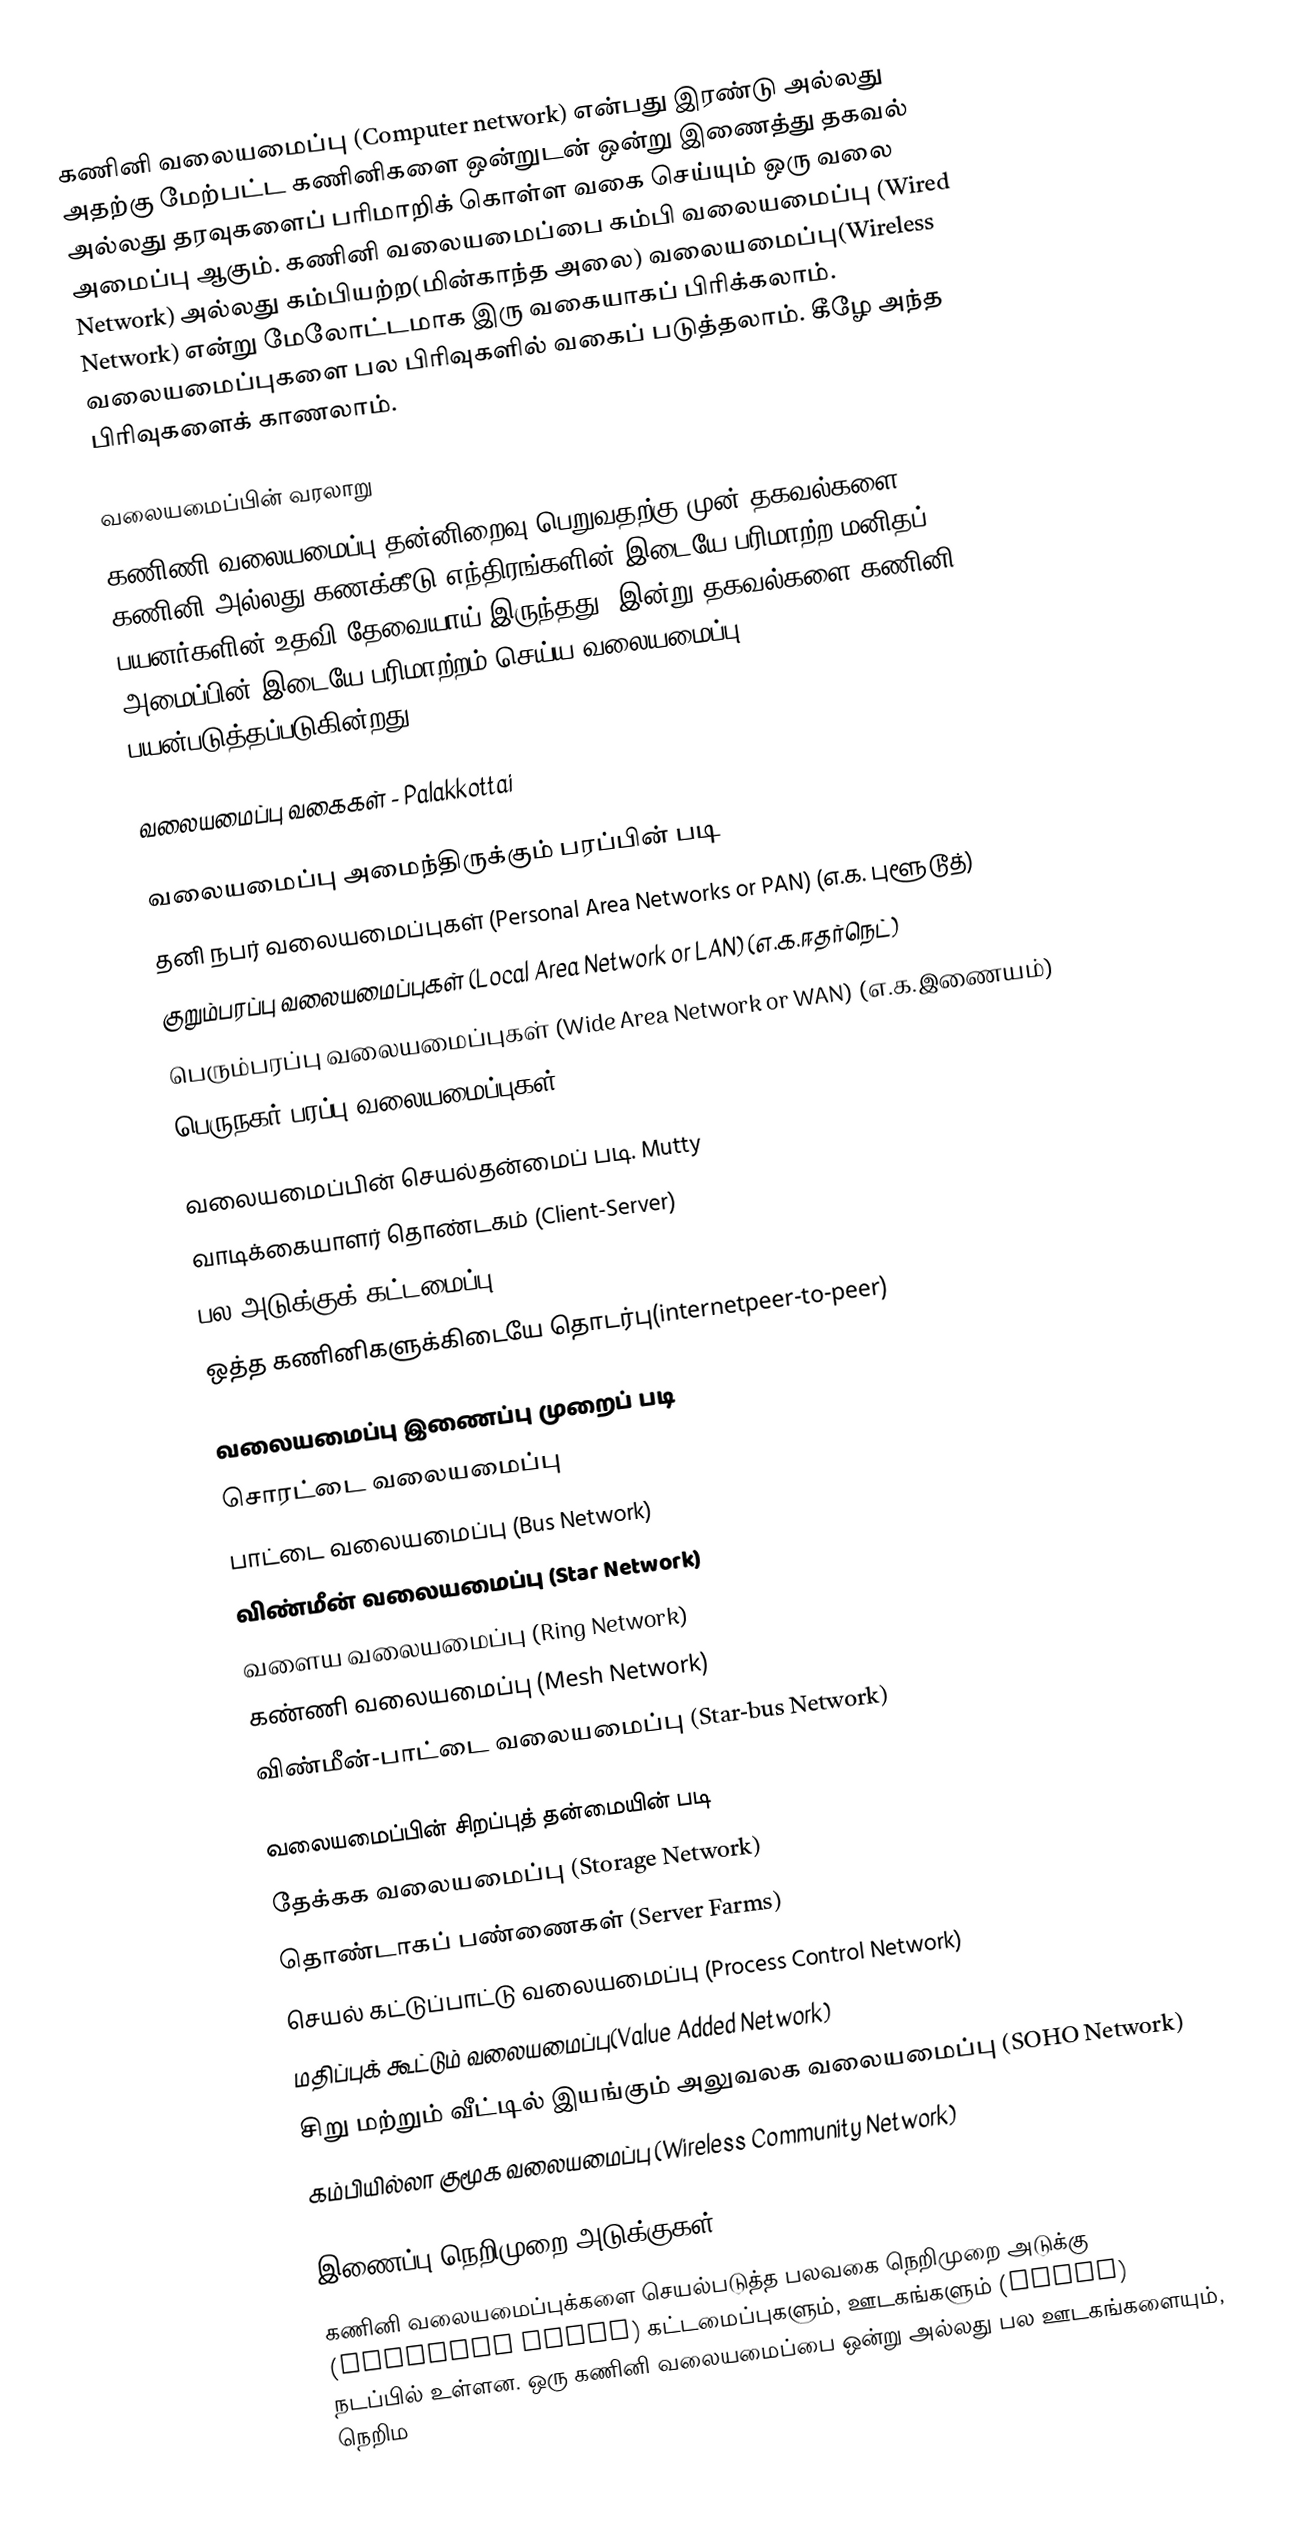
கணினி வலையமைப்பு (Computer network) என்பது இரண்டு  அல்லது அதற்கு மேற்பட்ட கணினிகளை ஒன்றுடன் ஒன்று இணைத்து தகவல் அல்லது தரவுகளைப் பரிமாறிக் கொள்ள வகை செய்யும் ஒரு வலை அமைப்பு ஆகும். கணினி வலையமைப்பை கம்பி வலையமைப்பு (Wired Network) அல்லது கம்பியற்ற(மின்காந்த அலை) வலையமைப்பு(Wireless Network) என்று மேலோட்டமாக இரு வகையாகப் பிரிக்கலாம். வலையமைப்புகளை பல பிரிவுகளில் வகைப் படுத்தலாம். கீழே அந்த பிரிவுகளைக் காணலாம்.

வலையமைப்பின்  வரலாறு
கணிணி  வலையமைப்பு தன்னிறைவு பெறுவதற்கு முன் தகவல்களை கணினி அல்லது  கணக்கீடு எந்திரங்களின் இடையே பரிமாற்ற மனிதப் பயனர்களின் உதவி தேவையாய்  இருந்தது. இன்று தகவல்களை கணினி அமைப்பின் இடையே பரிமாற்றம் செய்ய வலையமைப்பு பயன்படுத்தப்படுகின்றது.

வலையமைப்பு வகைகள் - Palakkottai

வலையமைப்பு அமைந்திருக்கும் பரப்பின் படி
  தனி நபர் வலையமைப்புகள் (Personal Area Networks or PAN) (எ.க. புளூடூத்)
 குறும்பரப்பு வலையமைப்புகள் (Local Area Network or LAN) (எ.க.ஈதர்நெட்)
 பெரும்பரப்பு வலையமைப்புகள் (Wide Area Network or WAN) (எ.க.இணையம்)
 பெருநகர் பரப்பு வலையமைப்புகள் (Metropolitan Area Network or MAN)

வலையமைப்பின் செயல்தன்மைப் படி.   Mutty
 வாடிக்கையாளர் தொண்டகம் (Client-Server)
 பல அடுக்குக் கட்டமைப்பு (Multitier architecture)
 ஒத்த கணினிகளுக்கிடையே தொடர்பு(internetpeer-to-peer)

வலையமைப்பு இணைப்பு முறைப் படி
 சொரட்டை வலையமைப்பு
 பாட்டை வலையமைப்பு (Bus Network)
 விண்மீன் வலையமைப்பு (Star Network)
 வளைய வலையமைப்பு (Ring Network)
 கண்ணி வலையமைப்பு (Mesh Network)
 விண்மீன்-பாட்டை வலையமைப்பு (Star-bus Network)

வலையமைப்பின் சிறப்புத் தன்மையின் படி
 தேக்கக வலையமைப்பு (Storage Network)
 தொண்டாகப் பண்ணைகள் (Server Farms)
 செயல் கட்டுப்பாட்டு வலையமைப்பு (Process Control Network)
 மதிப்புக் கூட்டும் வலையமைப்பு(Value Added Network)
 சிறு மற்றும் வீட்டில் இயங்கும் அலுவலக வலையமைப்பு (SOHO Network)
 கம்பியில்லா குமூக வலையமைப்பு (Wireless Community Network)

இணைப்பு நெறிமுறை அடுக்குகள்
கணினி வலையமைப்புக்களை செயல்படுத்த பலவகை நெறிமுறை அடுக்கு (Protocol Stack) கட்டமைப்புகளும், ஊடகங்களும் (Media) நடப்பில் உள்ளன. ஒரு கணினி வலையமைப்பை ஒன்று அல்லது பல ஊடகங்களையும், நெறிம